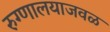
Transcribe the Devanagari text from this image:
रुग्णालयाजवळ